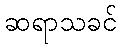
ဆရာသခင်